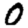
Digit: 0